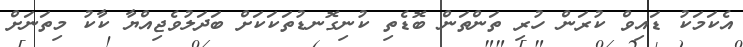
އެކަމަކު ޑައިވް ކުރަން ހުރި ތަންތަން ބޮޑެތި ކުނިގޮނޑުތަކަކަށް ބަދަލުވެެޖިއްޔާ ކާކު މިތަނަށް